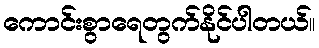
ကောင်းစွာရေတွက်နိုင်ပါတယ်။